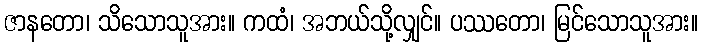
ဇာနတော၊ သိသောသူအား။ ကထံ၊ အဘယ်သို့လျှင်။ ပဿတော၊ မြင်သောသူအား။